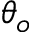
\theta _ { o }